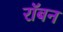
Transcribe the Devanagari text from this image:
रॉबन